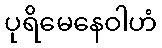
ပုရိမေနေဝါဟံ